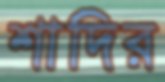
শাদির